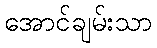
အောင်ချမ်းသာ